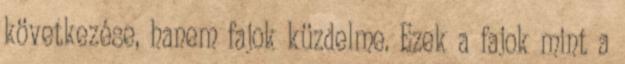
következése, hanem fajok küzdelme. Ezek a fajok mint a